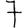
Digit: 7